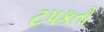
ટપકતો